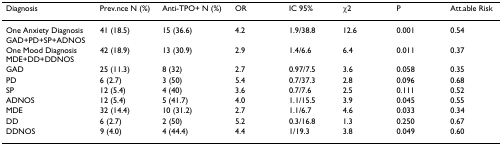
<table><thead><tr><td><b>Diagnosis</b></td><td><b>Prev.nce N (%)</b></td><td><b>Anti-TPO+ N (%)</b></td><td><b>OR</b></td><td><b>IC 95%</b></td><td><b>χ2</b></td><td><b>P</b></td><td><b>Att.able Risk</b></td></tr></thead><tbody><tr><td>One Anxiety Diagnosis GAD+PD+SP+ADNOS</td><td>41 (18.5)</td><td>15 (36.6)</td><td>4.2</td><td>1.9/38.8</td><td>12.6</td><td>0.001</td><td>0.54</td></tr><tr><td>One Mood Diagnosis MDE+DD+DDNOS</td><td>42 (18.9)</td><td>13 (30.9)</td><td>2.9</td><td>1.4/6.6</td><td>6.4</td><td>0.011</td><td>0.37</td></tr><tr><td>GAD</td><td>25 (11.3)</td><td>8 (32)</td><td>2.7</td><td>0.97/7.5</td><td>3.6</td><td>0.058</td><td>0.35</td></tr><tr><td>PD</td><td>6 (2.7)</td><td>3 (50)</td><td>5.4</td><td>0.7/37.3</td><td>2.8</td><td>0.096</td><td>0.68</td></tr><tr><td>SP</td><td>12 (5.4)</td><td>4 (40)</td><td>3.6</td><td>0.7/7.6</td><td>2.5</td><td>0.111</td><td>0.52</td></tr><tr><td>ADNOS</td><td>12 (5.4)</td><td>5 (41.7)</td><td>4.0</td><td>1.1/15.5</td><td>3.9</td><td>0.045</td><td>0.55</td></tr><tr><td>MDE</td><td>32 (14.4)</td><td>10 (31.2)</td><td>2.7</td><td>1.1/6.7</td><td>4.6</td><td>0.033</td><td>0.34</td></tr><tr><td>DD</td><td>6 (2.7)</td><td>2 (50)</td><td>5.2</td><td>0.3/16.8</td><td>1.3</td><td>0.250</td><td>0.67</td></tr><tr><td>DDNOS</td><td>9 (4.0)</td><td>4 (44.4)</td><td>4.4</td><td>1/19.3</td><td>3.8</td><td>0.049</td><td>0.60</td></tr></tbody></table>